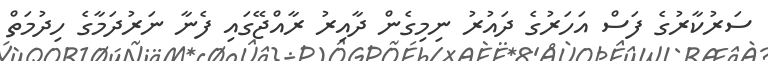
ސަރުކާރުގެ ފަސް އަހަރުގެ ދައުރު ނިމިގެން ދާއިރު ރާއްޖޭގައި ފެނާ ނަރުދަމާގެ ހިދުމަތް